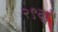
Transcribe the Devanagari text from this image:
२९वां